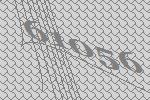
61056